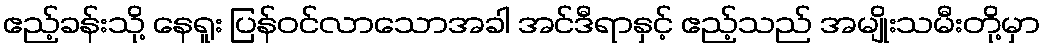
ဧည့်ခန်းသို့ နေရူး ပြန်ဝင်လာသောအခါ အင်ဒီရာနှင့် ဧည့်သည် အမျိုးသမီးတို့မှာ